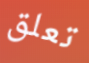
تعلق